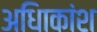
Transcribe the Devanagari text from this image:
अधिाकांश